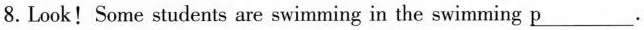
8.Look!Some students are swimming in the swimming\underlinep.